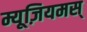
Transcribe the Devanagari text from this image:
म्यूज़ियमस्